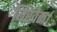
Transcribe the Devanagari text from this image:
बिखेरा।